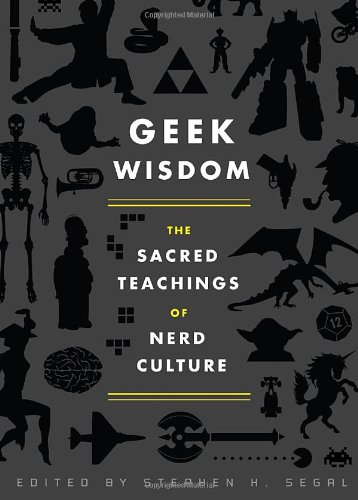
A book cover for Geek Wisdom; N. K. Jemisin; Humor & Entertainment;